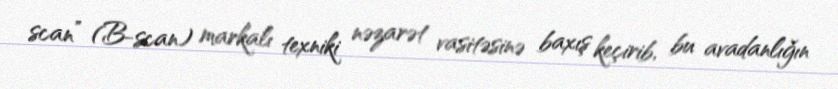
scan” (B-scan) markalı texniki nəzarət vasitəsinə baxış keçirib, bu avadanlığın